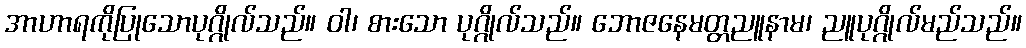
အာဟာရကိုပြုသောပုဂ္ဂိုလ်သည်။ ဝါ၊ စားသော ပုဂ္ဂိုလ်သည်။ ဘောဇနေမတ္တညူနာမ၊ ညူပုဂ္ဂိုလ်မည်သည်။